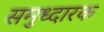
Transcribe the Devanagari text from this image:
समुध्दारक